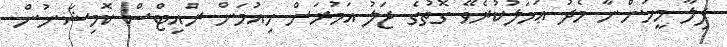
ފިލާ މީހުންނާ މެދު ޢަމަލުކުރެވޭ ގޮތުގެ ޖަލު އަމުރަށް ހިއުމަން ރައިޓްސް ކޮމިޝަނުން